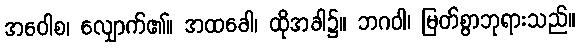
အဝေါစ၊ လျှောက်၏။ အထခေါ၊ ထိုအခါ၌။ ဘဂဝါ၊ မြတ်စွာဘုရားသည်။